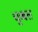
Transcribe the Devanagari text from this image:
चुब्बल